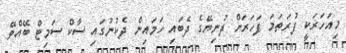
މިއަހަރަކީ ފުރަތަމަ ފަހަރަށް ދުނިޔޭގެ ދެބައި ހަމައިން ދެކުނުގައި ސާކް ސަމިޓް ބޭއްވޭ